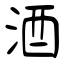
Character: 酒